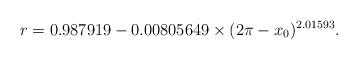
LaTeX: \begin{align*}r=0.987919-0.00805649\times(2\pi -x_0)^{2.01593}. \end{align*}